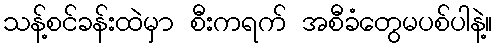
သန့်စင်ခန်းထဲမှာ စီးကရက် အစီခံတွေမပစ်ပါနဲ့။